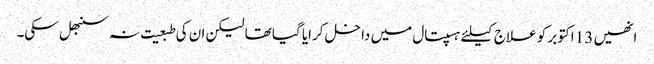
انھیں 13 اکتوبر کو علاج کیلئے ہسپتال میں داخل کرایا گیا تھا لیکن ان کی طبعیت نہ سنبھل سکی۔